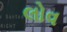
લોવ